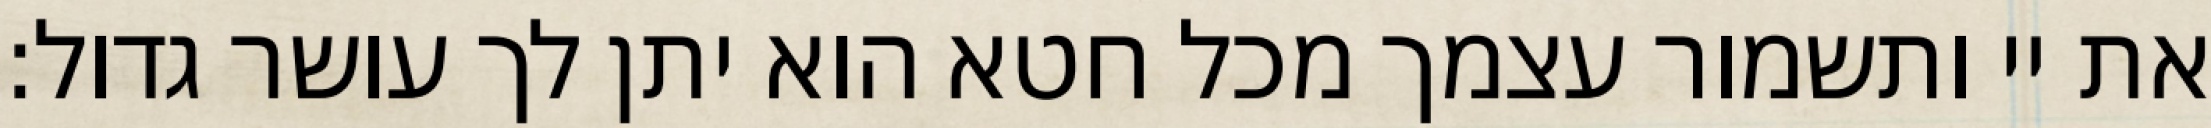
את יי ותשמור עצמך מכל חטא הוא יתן לך עושר גדול: